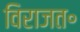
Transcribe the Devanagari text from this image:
विराजत॰